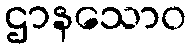
ဌာနသောဝ